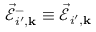
\vec { \mathcal { E } } _ { i ^ { \prime } , { \bf k } } ^ { - } \equiv \vec { \mathcal { E } } _ { i ^ { \prime } , { \bf k } }